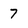
Character: 7